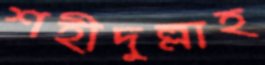
শহীদুল্লাহ